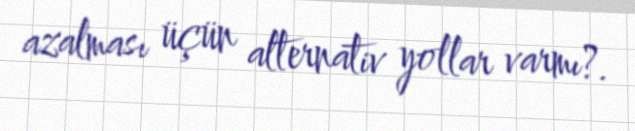
azalması üçün alternativ yollar varmı?.